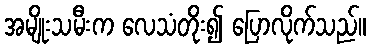
အမျိုးသမီးက လေသံတိုး၍ ပြောလိုက်သည်။